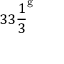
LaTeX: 3 3 { \frac { 1 } { 3 } } ^ { \mathrm { g } }